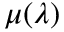
\mu ( \lambda )